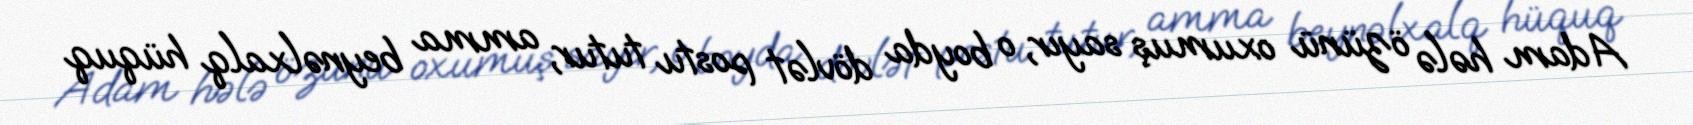
Adam hələ özünü oxumuş sayır, o boyda dövlət postu tutur, amma beynəlxalq hüquq